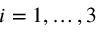
i = 1 , \ldots , 3